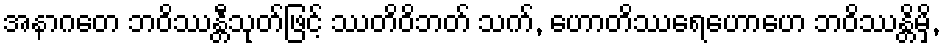
အနာဂတေ ဘဝိဿန္တီသုတ်ဖြင့် ဿတိဝိဘတ် သက်, ဟောတိဿရေဟောဟေ ဘဝိဿန္တိမှိ,